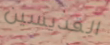
القديسين